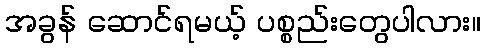
အခွန် ဆောင်ရမယ့် ပစ္စည်းတွေပါလား။